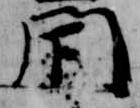
閇